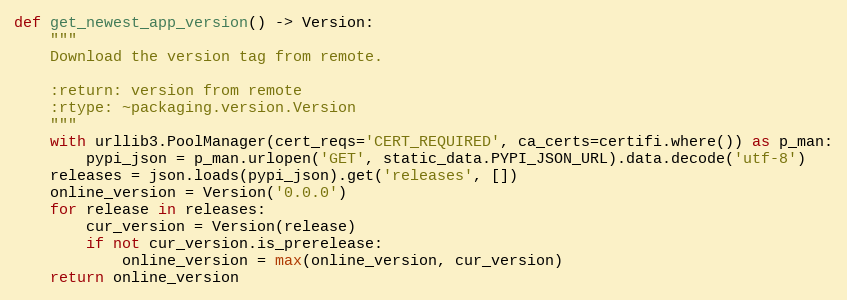
Language: Python
def get_newest_app_version() -> Version:
    """
    Download the version tag from remote.

    :return: version from remote
    :rtype: ~packaging.version.Version
    """
    with urllib3.PoolManager(cert_reqs='CERT_REQUIRED', ca_certs=certifi.where()) as p_man:
        pypi_json = p_man.urlopen('GET', static_data.PYPI_JSON_URL).data.decode('utf-8')
    releases = json.loads(pypi_json).get('releases', [])
    online_version = Version('0.0.0')
    for release in releases:
        cur_version = Version(release)
        if not cur_version.is_prerelease:
            online_version = max(online_version, cur_version)
    return online_version